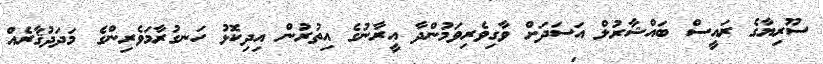
ސޫރިޔާގެ ރައީސް ބައްޝާރުލް އަސަދަށް ވާގިވެރިވަމުންދާ އީރާނުގެ އިތުރުން އިދިކޮޅު ހަނގުރާމަވެރިންގެ މަދަދުޤާރެއް